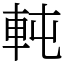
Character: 軘